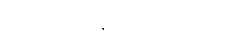
လစာ - ၇၅၀,၀၀၀ ကျပ်